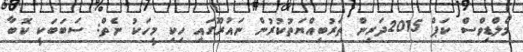
މޯލްޑިވްސް ކަޕް 2015ދަރިން ތަރުބިއްޔަތުކުރުން ނައުރޫގައި ހިކި މީހަކު ނެތް: ސަބަބަކީ ކޮބާ